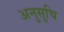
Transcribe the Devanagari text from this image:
अनुसुचि